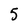
Character: 5